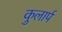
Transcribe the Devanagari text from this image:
कुलार्प